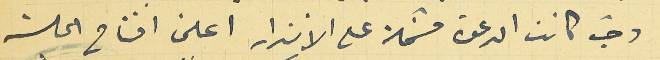
وحيث كانت الدعوة مشتملة على الانذار اعلن افتتاح الجلسة